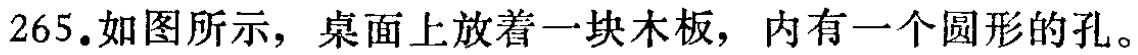
265.如图所示，桌面上放着一块木板，内有一个圆形的孔。